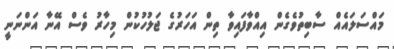
މައްސަލައެއް ސާބިތުވެގެން އިއްވާފައިވާ ތިން އަހަރުގެ ޖަލުހުކުން މިހާރު ވެސް އޭނާ އަންނަނީ